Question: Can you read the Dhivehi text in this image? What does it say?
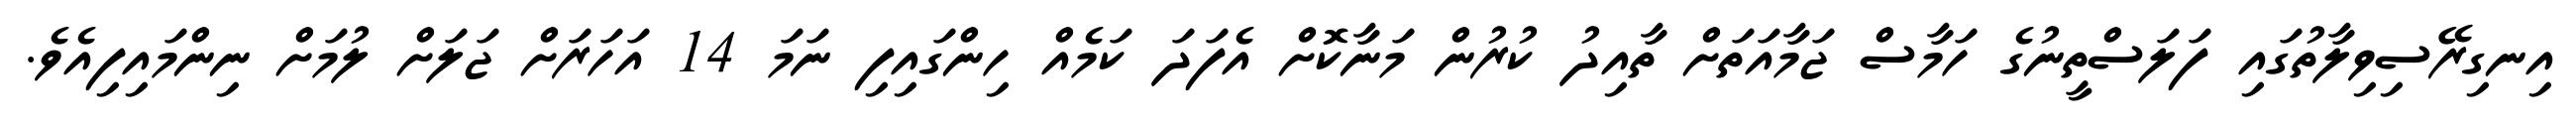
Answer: އިނގިރޭސިވިލާތުގައި ފަލަސްތީނުގެ ހަމާސް ޖަމާއަތަށް ތާއިދު ކުރުން މަނާކޮށް އެފަދަ ކަމެއް ހިންގައިފި ނަމަ 14 އަހަރަށް ޖަލަށް ލުމަށް ނިންމައިފިއެވެ.